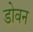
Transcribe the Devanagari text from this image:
डोवन